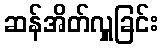
ဆန်အိတ်လှူခြင်း